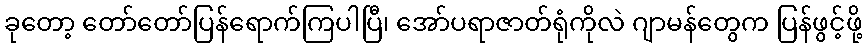
ခုတော့ တော်တော်ပြန်ရောက်ကြပါပြီ၊ အော်ပရာဇာတ်ရုံကိုလဲ ဂျာမန်တွေက ပြန်ဖွင့်ဖို့